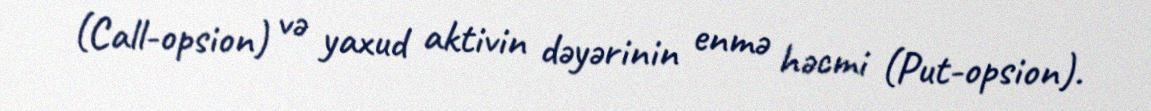
(Call-opsion) və yaxud aktivin dəyərinin enmə həcmi (Put-opsion).